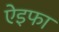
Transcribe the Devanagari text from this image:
ऐइफा